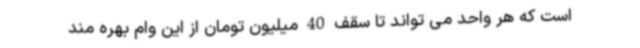
است که هر واحد می تواند تا سقف 40 میلیون تومان از این وام بهره مند